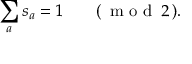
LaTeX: \sum _ { a } s _ { a } = 1 \qquad ( \, \textrm { m o d } \, 2 \, ) .